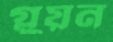
গ্লুয়ন